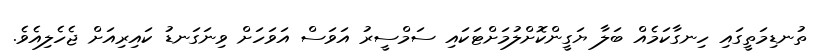
ތުނޑިމަތީގައި ހިނގާކަމެއް ބަލާ ޔަގީންކޮށްލުމަށްޓަކައި ސަމްސީރު އަވަސް އަވަހަށް ވިނަގަނޑު ކައިރިއަށް ޖެހެލިއެވެ.